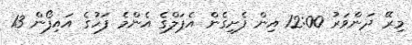
މިރޭ ދަންވަރު 12:00 އިން ފެށިގެން އެޕަލްގެ އެންމެ ފަހުގެ އައިފޯން 13